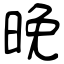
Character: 晩